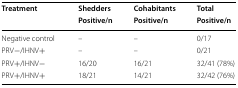
| <ROWSPAN=2> Treatment | Shedders | Cohabitants | Total |
 | Positive/n | Positive/n | Positive/n |
 | --- | --- | --- | --- |
 | Negative control | – | – | 0/17 |
 | PRV−/IHNV+ | – | – | 0/21 |
 | PRV+/IHNV− | 16/20 | 16/21 | 32/41 (78%) |
 | PRV+/IHNV+ | 18/21 | 14/21 | 32/42 (76%) |